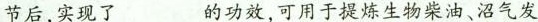
节后，实现了___的功效，可用于提炼生物柴油、沼气发